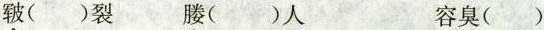
皲()裂 媵()人 容臭()